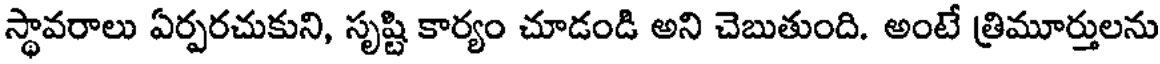
స్థావరాలు ఏర్పరచుకుని, సృష్టి కార్యం చూడండి అని చెబుతుంది. అంటే త్రిమూర్తులను